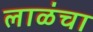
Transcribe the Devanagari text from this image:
लाळंचा